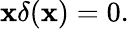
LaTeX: \mathbf{x}\delta(\mathbf{x})=0.